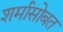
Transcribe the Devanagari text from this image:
शर्मासोबत